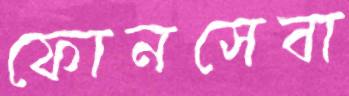
ফোনসেবা